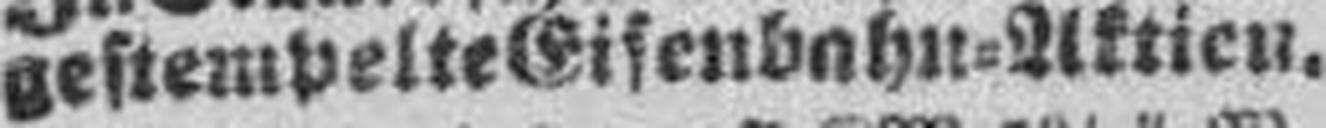
gestempelte Eisenbahn=Aktien.